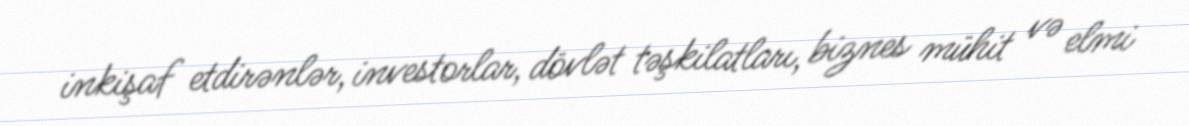
inkişaf etdirənlər, investorlar, dövlət təşkilatları, biznes mühit və elmi